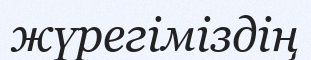
жүрегіміздің